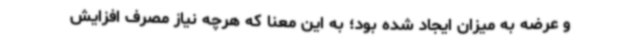
و عرضه به میزان ایجاد شده بود؛ به این معنا که هرچه نیاز مصرف افزایش